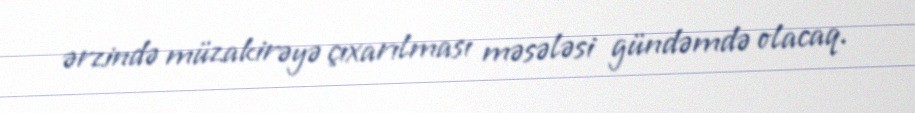
ərzində müzakirəyə çıxarılması məsələsi gündəmdə olacaq.